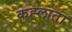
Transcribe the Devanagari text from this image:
कह्लाता